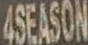
4SEASON